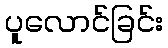
ပူလောင်ခြင်း